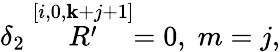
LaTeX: \delta_{2}\stackrel{[i,0,\mathbf{k}+j+1]}{R^{\prime}}=0,\; m=j,